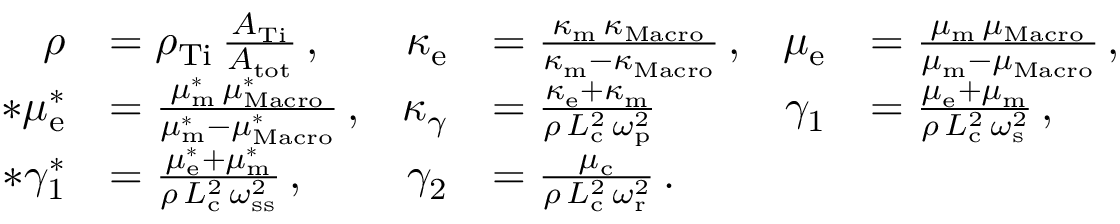
\begin{array} { r l r l r l } { \rho } & { = \rho _ { \mathrm { T i } } \, \frac { A _ { \mathrm { T i } } } { A _ { \mathrm { t o t } } } \, , } & { \kappa _ { \mathrm { e } } } & { = \frac { \kappa _ { \mathrm { m } } \, \kappa _ { \mathrm { M a c r o } } } { \kappa _ { \mathrm { m } } - \kappa _ { \mathrm { M a c r o } } } \, , } & { \mu _ { \mathrm { e } } } & { = \frac { \mu _ { \mathrm { m } } \, \mu _ { \mathrm { M a c r o } } } { \mu _ { \mathrm { m } } - \mu _ { \mathrm { M a c r o } } } \, , } \\ { * \mu _ { \mathrm { e } } ^ { * } } & { = \frac { \mu _ { \mathrm { m } } ^ { * } \, \mu _ { \mathrm { M a c r o } } ^ { * } } { \mu _ { \mathrm { m } } ^ { * } - \mu _ { \mathrm { M a c r o } } ^ { * } } \, , } & { \kappa _ { \gamma } } & { = \frac { \kappa _ { \mathrm { e } } + \kappa _ { \mathrm { m } } } { \rho \, L _ { \mathrm { c } } ^ { 2 } \, \omega _ { \mathrm { p } } ^ { 2 } } } & { \gamma _ { 1 } } & { = \frac { \mu _ { \mathrm { e } } + \mu _ { \mathrm { m } } } { \rho \, L _ { \mathrm { c } } ^ { 2 } \, \omega _ { \mathrm { s } } ^ { 2 } } \, , } \\ { * \gamma _ { 1 } ^ { * } } & { = \frac { \mu _ { \mathrm { e } } ^ { * } + \mu _ { \mathrm { m } } ^ { * } } { \rho \, L _ { \mathrm { c } } ^ { 2 } \, \omega _ { \mathrm { s s } } ^ { 2 } } \, , } & { \gamma _ { 2 } } & { = \frac { \mu _ { \mathrm { c } } } { \rho \, L _ { \mathrm { c } } ^ { 2 } \, \omega _ { \mathrm { r } } ^ { 2 } } \, . } \end{array}